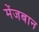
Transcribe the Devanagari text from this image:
मेंजबान